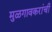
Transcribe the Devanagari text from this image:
मुळगावकरांची